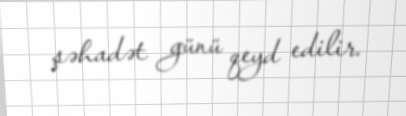
şəhadət günü qeyd edilir.